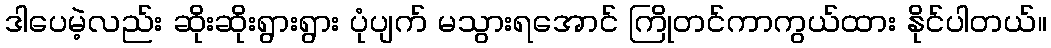
ဒါပေမဲ့လည်း ဆိုးဆိုးရွားရွား ပုံပျက် မသွားရအောင် ကြိုတင်ကာကွယ်ထား နိုင်ပါတယ်။